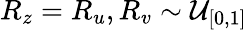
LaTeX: R_{z}=R_{u},R_{v}\sim\mathcal{U}_{[0,1]}